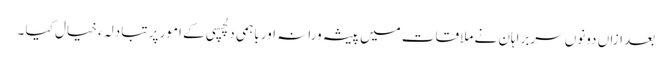
بعد ازاں دونوں سربراہان نے ملاقات میں پیشہ ورانہ اور باہمی دلچسپی کے امور پر تبادلہ ء خیال کیا ۔